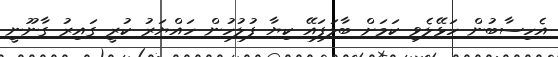
އެހިސާބުން ހަޅޭލެވި ކަމަށް ބާލަފައޭ ކިޔާ ފުލުހުން ހައްޔަރު ކުރީ ގައިރު ގާނޫނީ